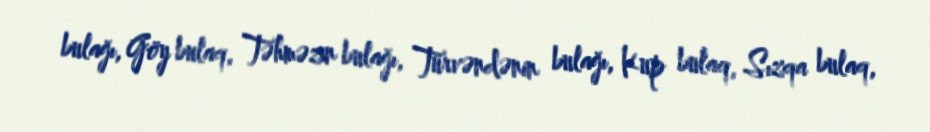
bulağı, Göy bulaq, Təhməzin bulağı, Türvəndənin bulağı, Kup bulaq, Sızqa bulaq,